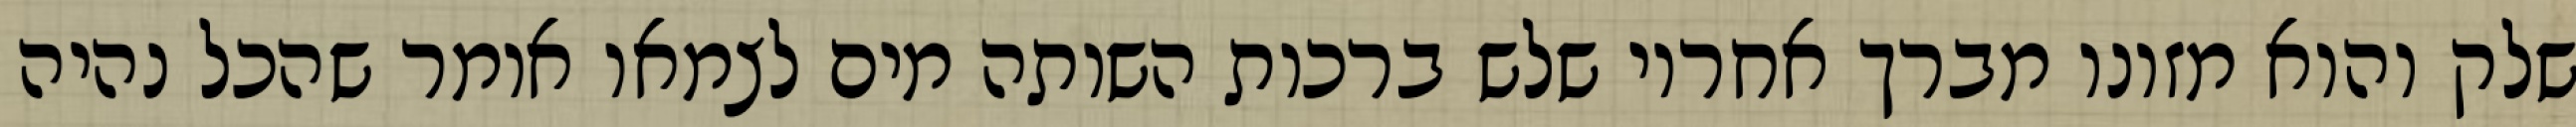
שלק והוא מזונו מברך אחריו שלש ברכות השותה מים לצמאו אומר שהכל נהיה